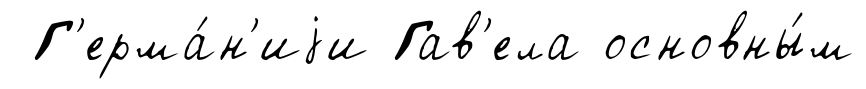
Г'ерма́н'иjи Гав'ела основны́м